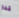
قفاز